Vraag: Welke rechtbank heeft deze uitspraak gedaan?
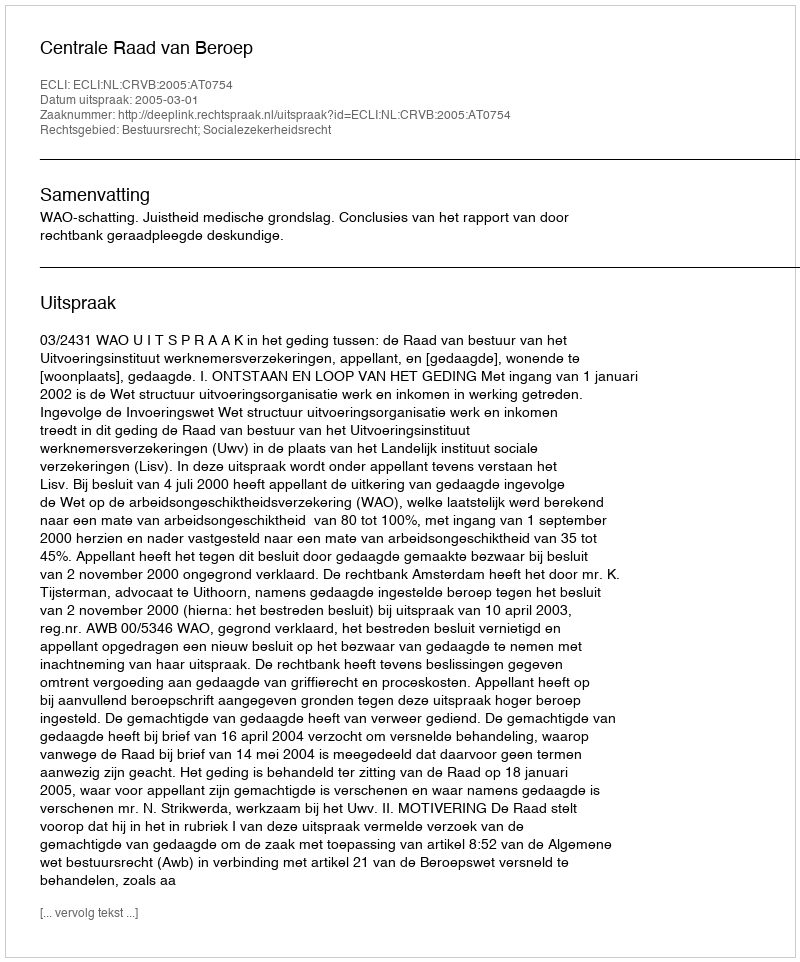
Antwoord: Centrale Raad van Beroep